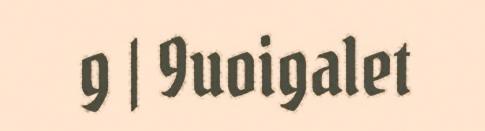
g | 9uoigalet